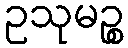
ဥသုမဉ္စ